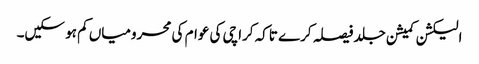
الیکشن کمیشن جلد فیصلہ کرے تاکہ کراچی کی عوام کی محرومیاں کم ہو سکیں۔